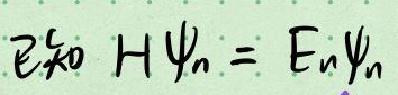
已知$H \psi_n = E_n \psi_n$